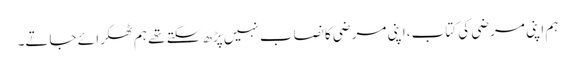
ہم اپنی مرضی کی کتاب ،اپنی مرضی کا نصاب نہیں پڑھ سکتے تھے ہم ٹھکرا ئے جاتے۔